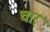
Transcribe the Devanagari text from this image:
चार्